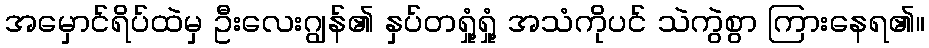
အမှောင်ရိပ်ထဲမှ ဦးလေးဂျွန်၏ နှပ်တရှုံ့ရှုံ့ အသံကိုပင် သဲကွဲစွာ ကြားနေရ၏။